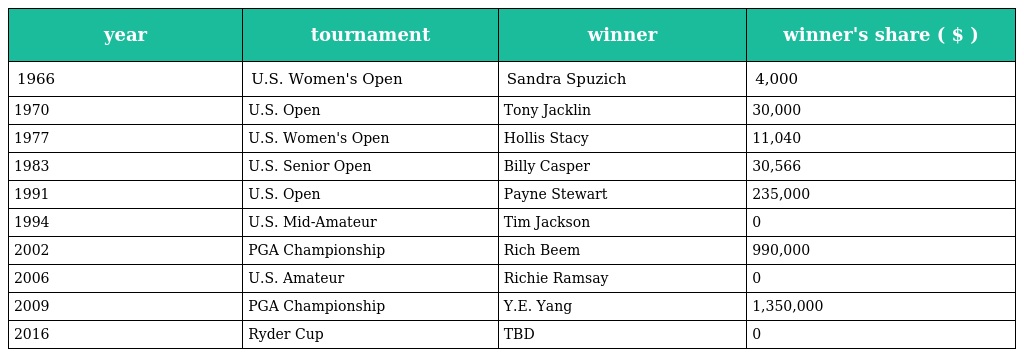
| year | tournament | winner | winner's share ( $ ) |
 | --- | --- | --- | --- |
 | 1966 | U.S. Women's Open | Sandra Spuzich | 4,000 |
 | 1970 | U.S. Open | Tony Jacklin | 30,000 |
 | 1977 | U.S. Women's Open | Hollis Stacy | 11,040 |
 | 1983 | U.S. Senior Open | Billy Casper | 30,566 |
 | 1991 | U.S. Open | Payne Stewart | 235,000 |
 | 1994 | U.S. Mid-Amateur | Tim Jackson | 0 |
 | 2002 | PGA Championship | Rich Beem | 990,000 |
 | 2006 | U.S. Amateur | Richie Ramsay | 0 |
 | 2009 | PGA Championship | Y.E. Yang | 1,350,000 |
 | 2016 | Ryder Cup | TBD | 0 |